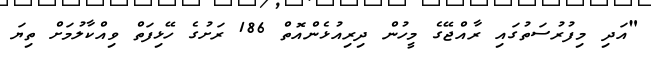
"އަދި މިފުރުސަތުގައި ރާއްޖޭގެ މީހުން ދިރިއުޅެންއޮތް 186 ރަށުގެ ހޭޅިފަތް ވިއްކާލުމަށް ތިޔަ